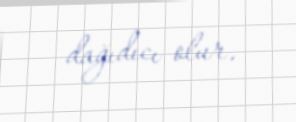
dağıdıcı olur.